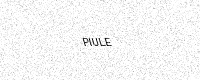
Text: PIULE